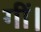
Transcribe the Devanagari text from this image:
गीं।